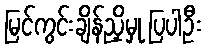
မြင်ကွင်းချိန်ညှိမှု ပြပါဦး